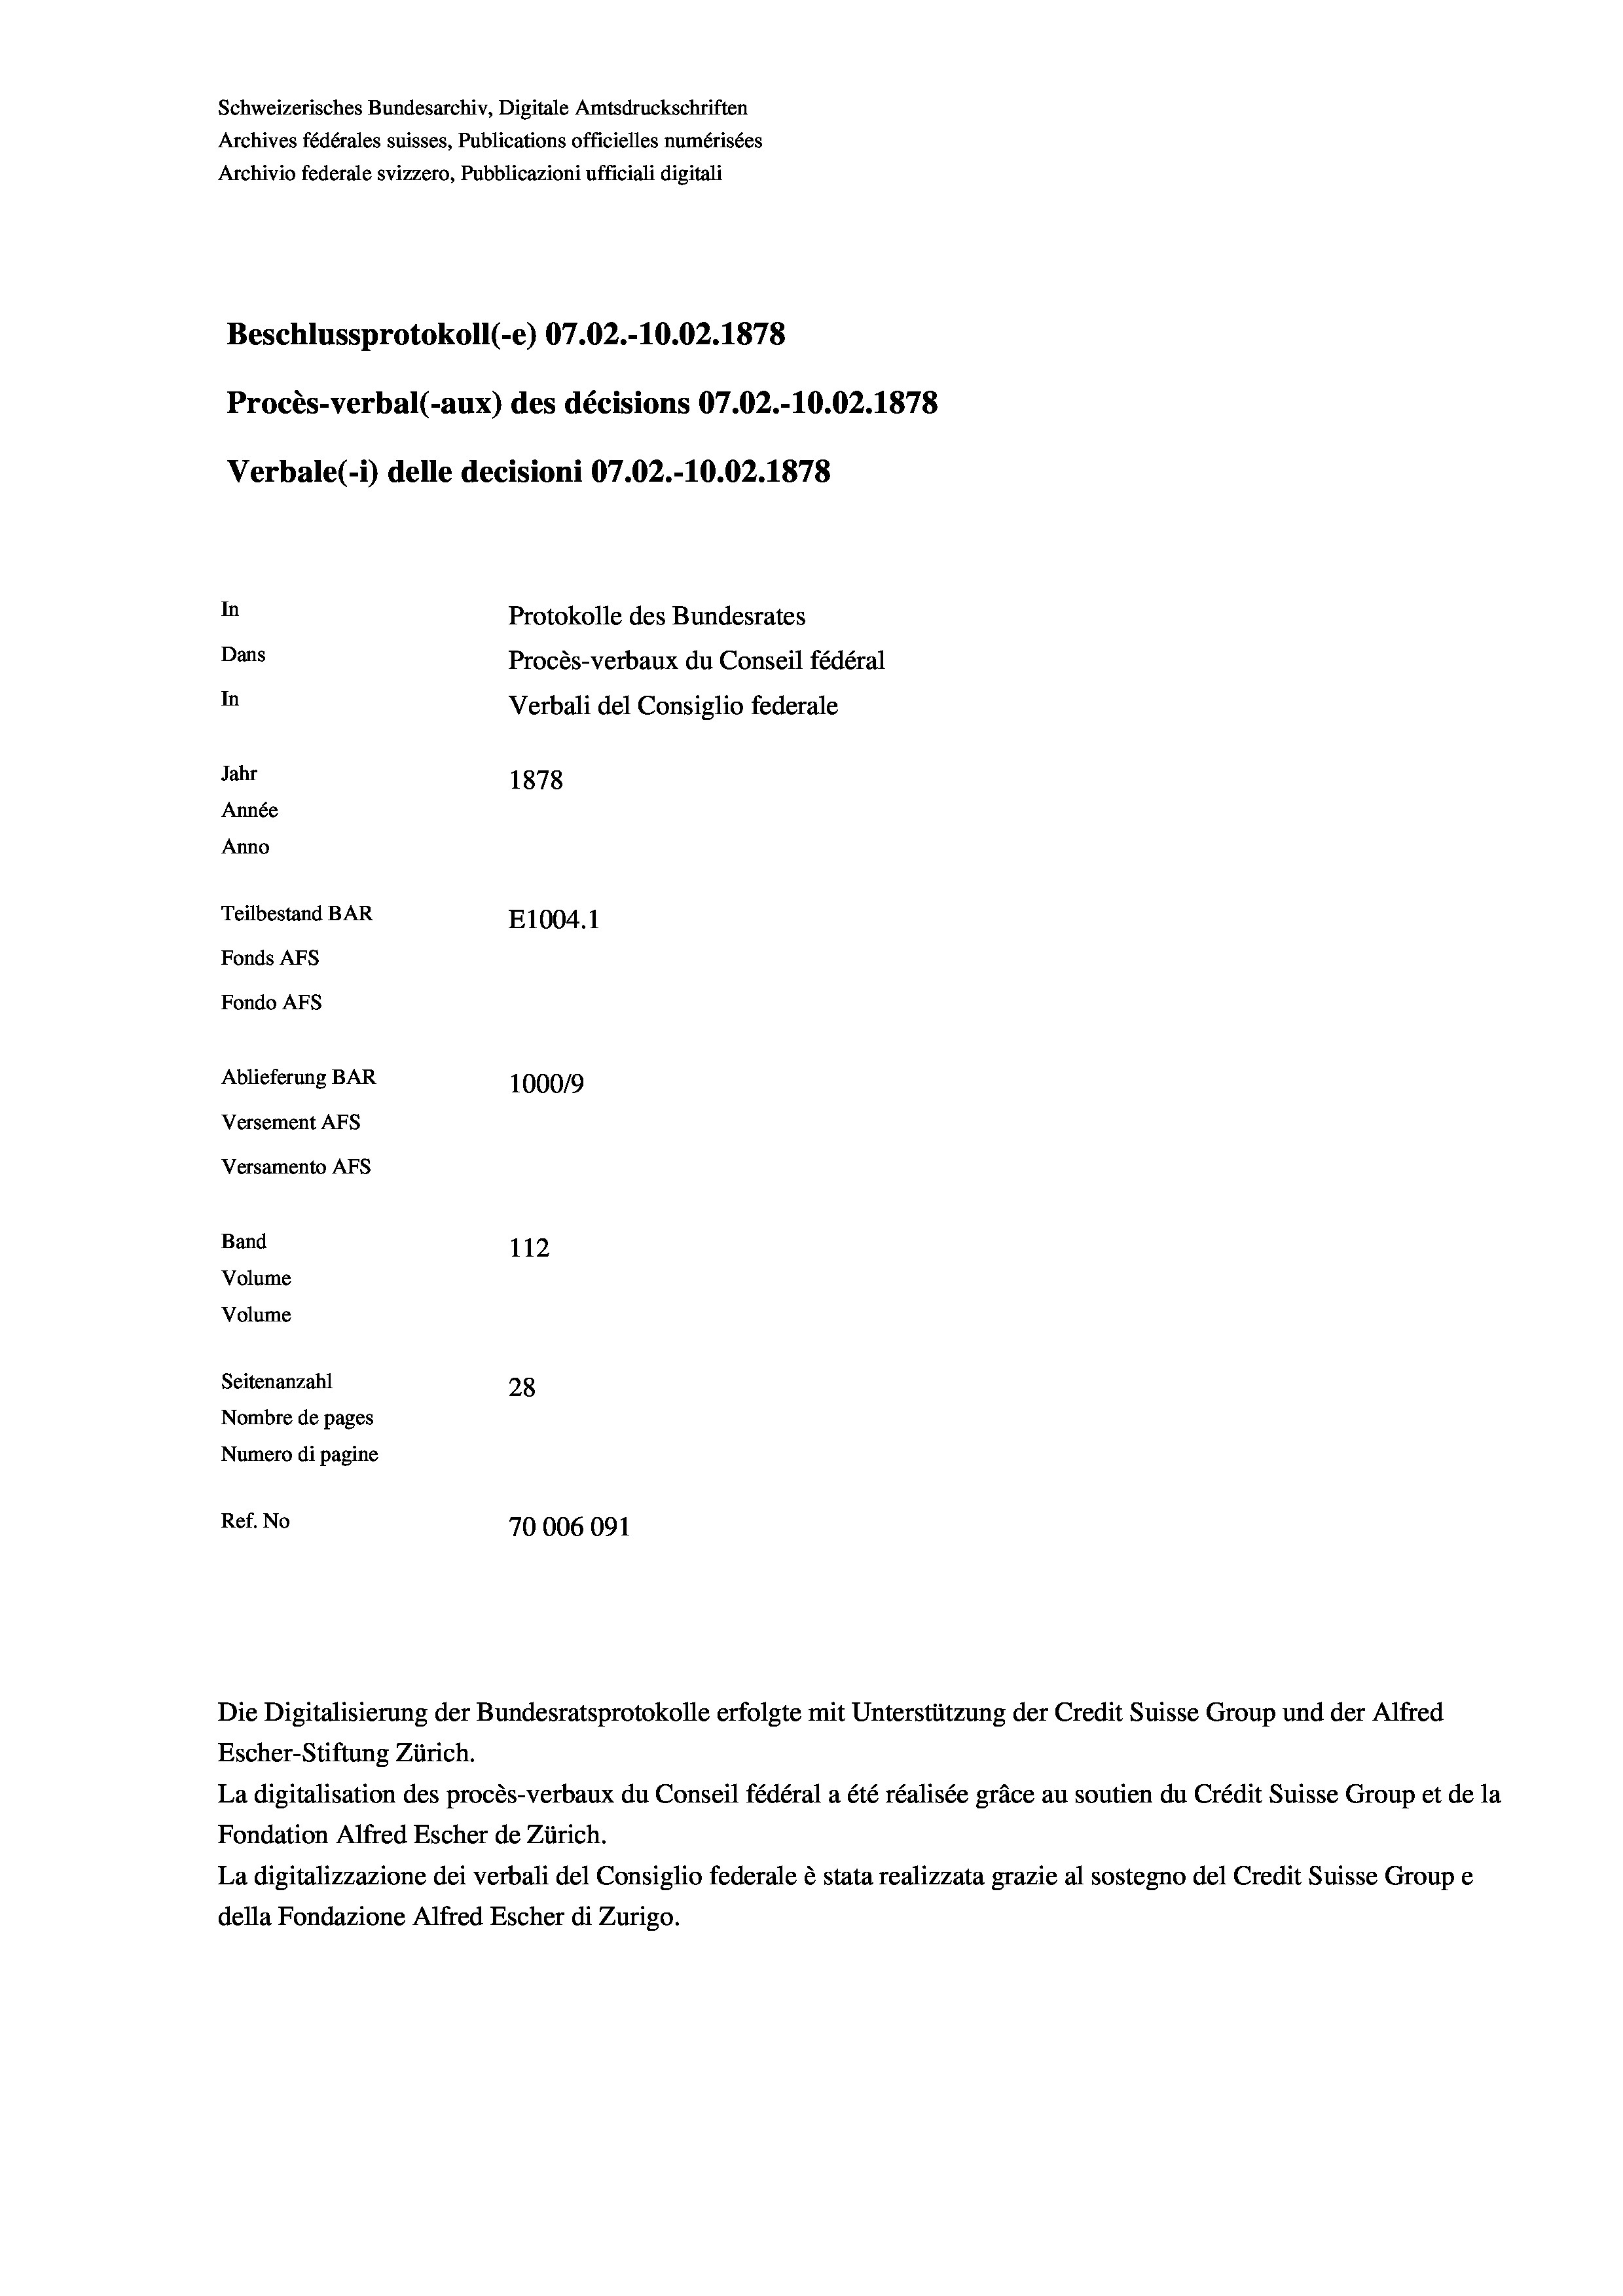
Schweizerisches Bundesarchiv, Digitale Amtsdruckschriften
Archives fédérales suisses, Publications officielles numérisées
Archivio federale svizzero, Pubblicazioni ufficiali digitali
Beschlussprotokoll (-e) 07.02.-10.02. 1878
Procès-verbal (-aux) des décisions 07.02.-10.02. 1878
Verbale (1) delle decisioni 07.02.-10.02. 1878
In
Protokolle des Bundesrates
Dans
Procès-verbaux du Conseil fédéral
In
Verbali del Consiglio federale
Jahr
1878
Année
Anno
Teilbestand BAR
E1004. 1
Fonds AFs
Fondo Afs
Ablieferung BAR
100019
Versement AFs
Versamento AFS
Band
112
Volume
Volume

Seitenanzahl
28
Nombre de pages
Numero di pagine
Ref. No
70006091

Die Digitalisierung der Bundesratsprotokolle erfolgte mit Unterstützung der Credit Suisse Group und der Alfred
Escher-Stiftung Zürich.
La digitalisation des procès-verbaux du Conseil fédéral a été réalisée gräce au soutien du Crédit Suisse Group et de la
Fondation Alfred Escher de Zürich.
La digitalizzazione dei verbali del Consiglio federale è stata realizzata grazie al sostegno del Credit Suisse Groupe
della Fondazione Alfred Escher di Zurigo.